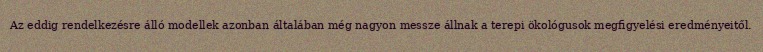
Az eddig rendelkezésre álló modellek azonban általában még nagyon messze állnak a terepi ökológusok megfigyelési eredményeitől.